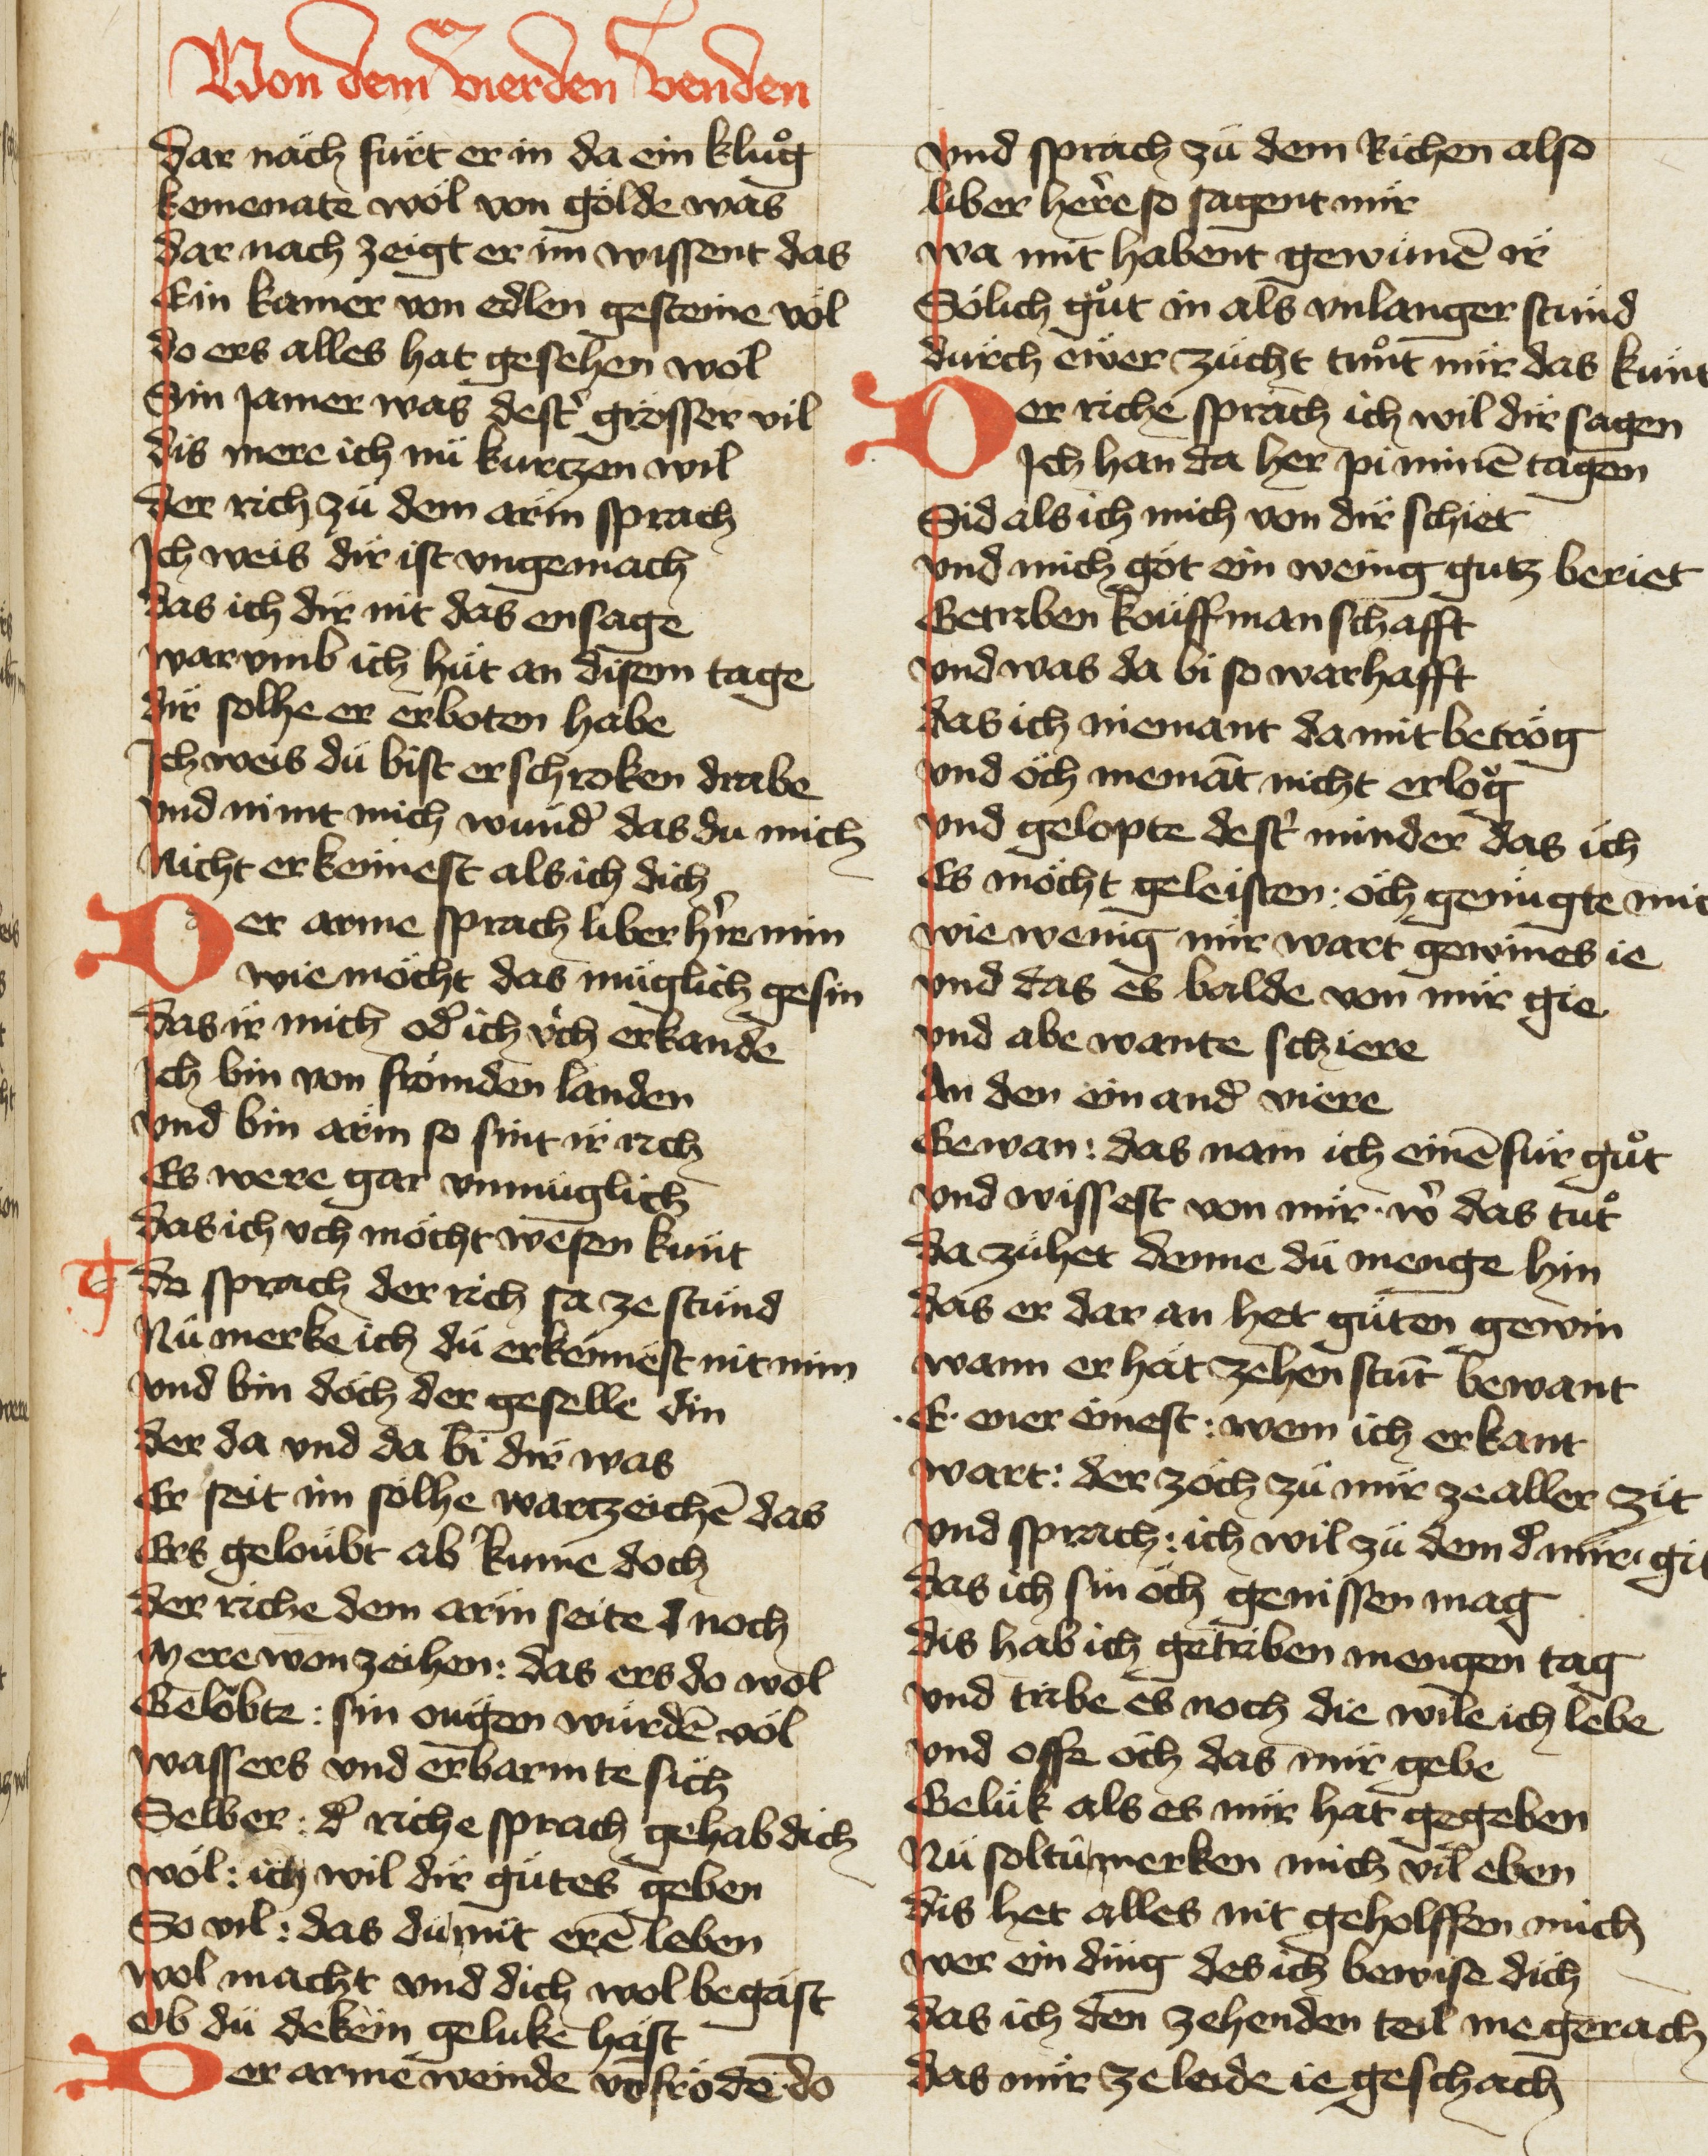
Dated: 1420–1429